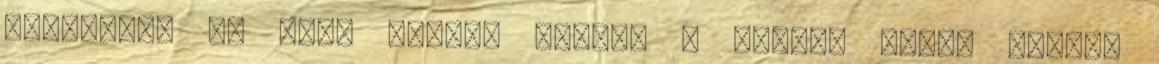
ünnepelem az élet minden óráját s mindig hálát érzek,